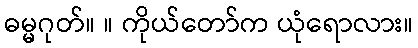
ဓမ္မဂုတ်။ ။ ကိုယ်တော်က ယုံရောလား။